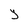
Character: y